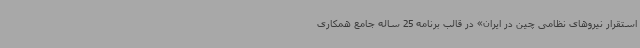
استقرار نیروهای نظامی چین در ایران» در قالب برنامه 25 ساله جامع همکاری